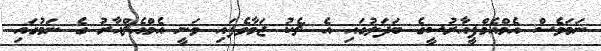
ނަމަވެސް އެމްއެމްޕީއާރުސީގެ ބަދަލުގައި އެ ޗެކު ޖަމާވެފައި ވަނީ އެމްއެޗްއާރު ގެ ނަމުގައި